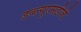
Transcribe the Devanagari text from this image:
डब्ल्यूएसडीजी